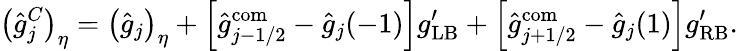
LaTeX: \left(\hat{g}_{j}^{C}\right)_{\eta}=\left(\hat{g}_{j}\right)_{\eta}+\left[\hat{g}_{j-1/2}^{\mathrm{com}}-\hat{g}_{j}(-1)\right]g_{\mathrm{LB}}^{\prime}+\left[\hat{g}_{j+1/2}^{\mathrm{com}}-\hat{g}_{j}(1)\right]g_{\mathrm{RB}}^{\prime}.